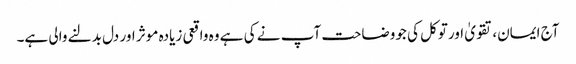
آج ایمان،تقویٰ اورتوکل کی جووضاحت آپ نے کی ہے وہ واقعی زیادہ موثر اور دل بدلنے والی ہے۔